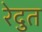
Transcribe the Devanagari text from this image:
रेदुत